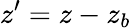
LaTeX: z^{\prime}=z-z_{b}